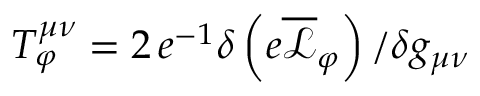
T _ { \varphi } ^ { \mu \nu } = 2 \, e ^ { - 1 } \delta \left( e \overline { { \mathcal { L } } } _ { \varphi } \right) / \delta g _ { \mu \nu }